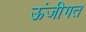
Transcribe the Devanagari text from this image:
ऊंजीगत